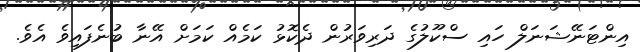
އިންޓަނޭޝަނަލް ހައި ސްކޫލުގެ ދަރިވަރުން ދެކޮޅު ކަމެއް ކަމަށް އޭނާ ބުނެފައިވެ އެވެ.